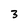
Character: 3